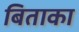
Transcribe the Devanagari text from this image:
बिताका